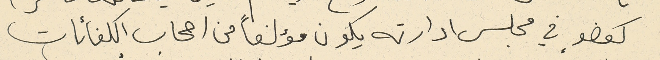
كعضوٍ في مجلس ادارته يكون مؤلفاً من اصحاب الكفائات